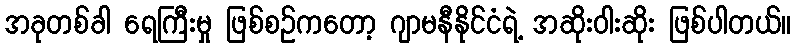
အခုတစ်ခါ ရေကြီးမှု ဖြစ်စဥ်ကတော့ ဂျာမနီနိုင်ငံရဲ့ အဆိုးဝါးဆိုး ဖြစ်ပါတယ်။